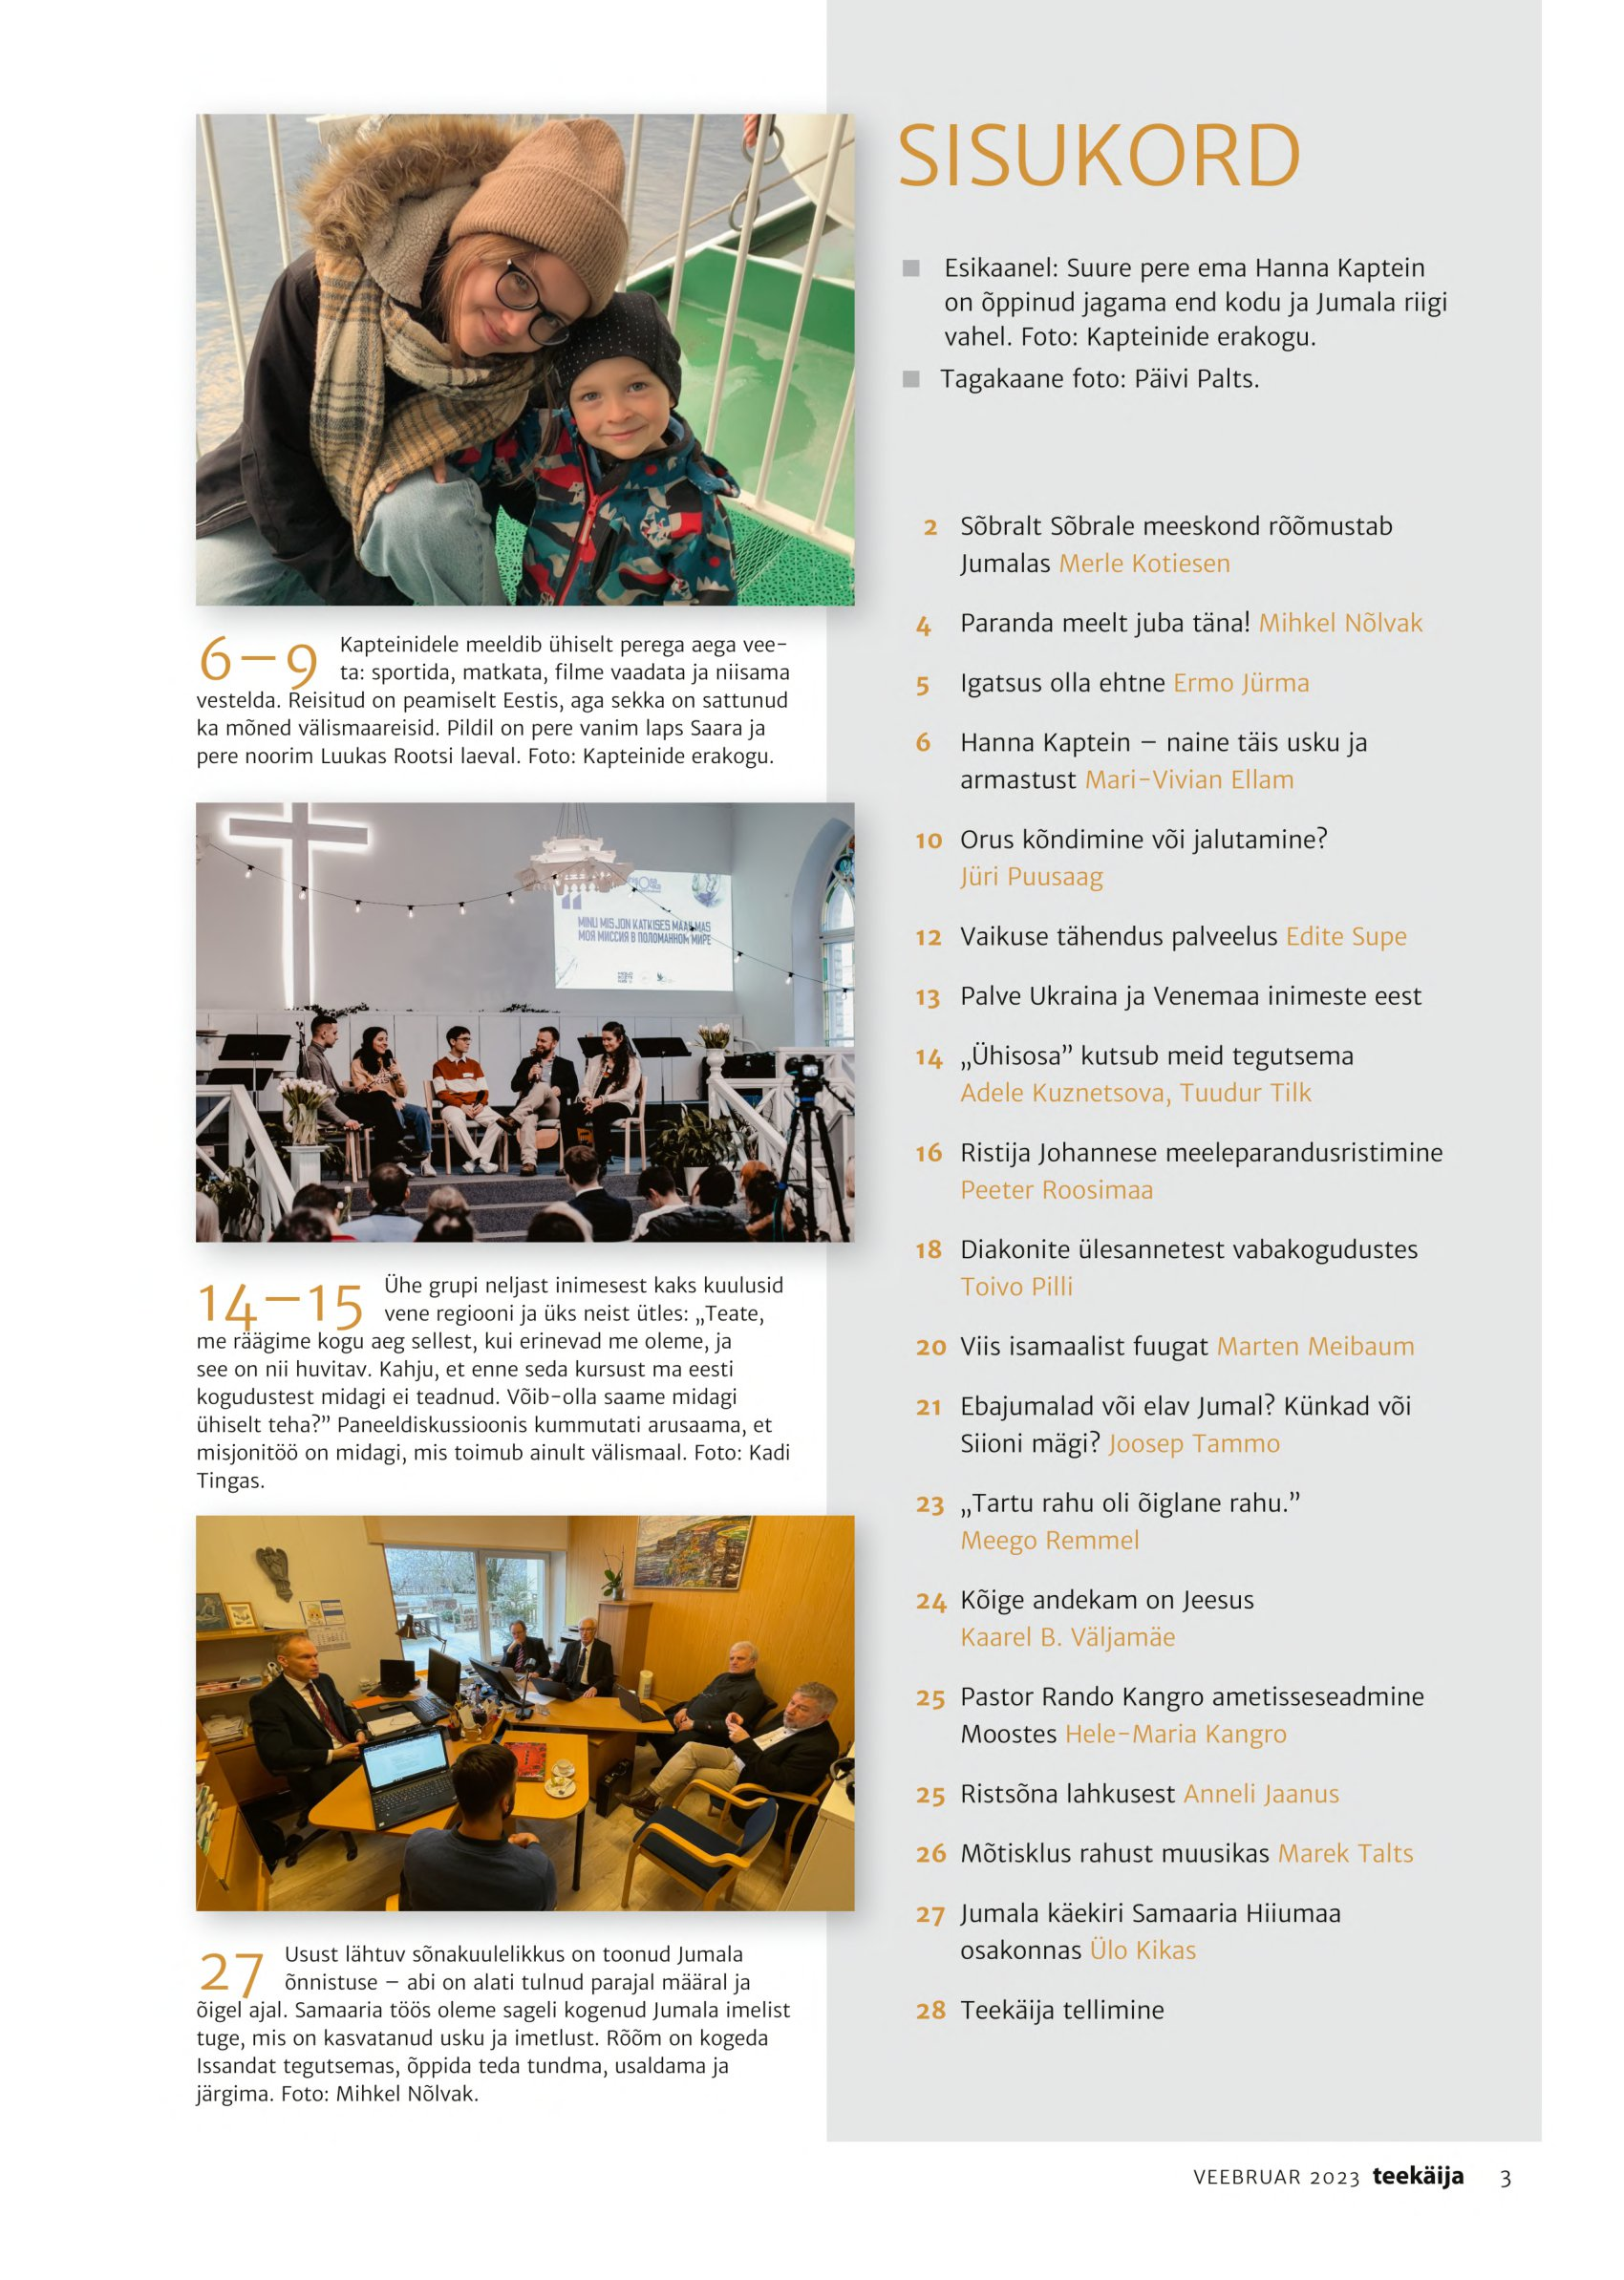
Language: et